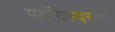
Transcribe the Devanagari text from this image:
पर्यायस्वरूप